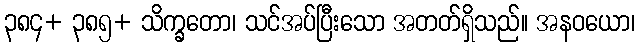
၃၈၄+ ၃၈၅+ သိက္ခတော၊ သင်အပ်ပြီးသော အတတ်ရှိသည်။ အနဝယော၊